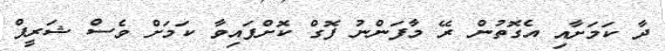
ދާ ކަމަށާއި އެގޮތުން ރޭ މާފަންނު ފޮގް ކޮށްފައިވާ ކަމަށް ވެސް ޝަރީފް